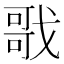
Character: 戨